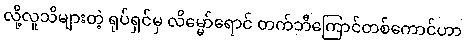
လို့လူသိများတဲ့ ရုပ်ရှင်မှ လိမ္မော်ရောင် တက်ဘီကြောင်တစ်ကောင်ဟာ